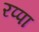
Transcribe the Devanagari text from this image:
रप्पा